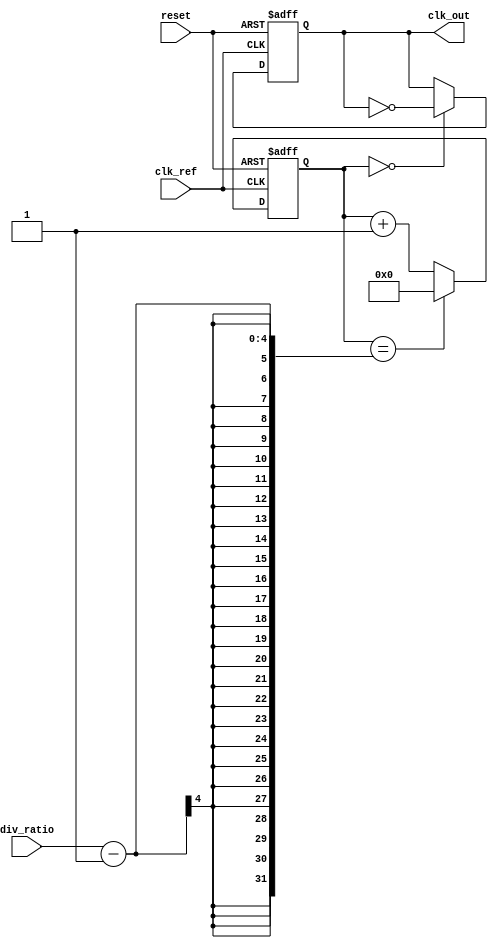
module PLL (
    input wire clk_ref,          // Reference clock input
    input wire reset,            // Reset signal
    input wire [3:0] div_ratio,  // Division ratio for feedback
    output reg clk_out           // Output clock
);

    // Parameters
    parameter VCO_MAX_FREQ = 100; // Max VCO frequency (arbitrary units)
    parameter VCO_MIN_FREQ = 10;   // Min VCO frequency (arbitrary units)
    
    // Internal signals
    reg [7:0] phase_error;         // Phase error signal from PD
    reg [7:0] control_voltage;      // Control voltage for VCO
    reg [7:0] vco_freq;             // Current frequency of VCO
    reg [7:0] feedback_freq;        // Feedback frequency from divider
    reg [7:0] lpf_output;           // Output from LPF
    reg [3:0] counter;              // Counter for clock division

    // Phase Detector (PD)
    always @(posedge clk_ref or posedge reset) begin
        if (reset) begin
            phase_error <= 0;
        end else begin
            // Simple phase error calculation (for demonstration)
            phase_error <= (feedback_freq > vco_freq) ? (feedback_freq - vco_freq) : 0;
        end
    end

    // Low Pass Filter (LPF)
    always @(posedge clk_ref or posedge reset) begin
        if (reset) begin
            lpf_output <= 0;
        end else begin
            // Simple LPF implementation (first-order)
            lpf_output <= (lpf_output + phase_error) >> 1; // Averaging
        end
    end

    // Voltage-Controlled Oscillator (VCO)
    always @(posedge clk_ref or posedge reset) begin
        if (reset) begin
            vco_freq <= VCO_MIN_FREQ;
        end else begin
            // Adjust VCO frequency based on control voltage
            vco_freq <= VCO_MIN_FREQ + lpf_output[7:0] % (VCO_MAX_FREQ - VCO_MIN_FREQ);
        end
    end

    // Frequency Divider
    always @(posedge clk_ref or posedge reset) begin
        if (reset) begin
            counter <= 0;
            feedback_freq <= 0;
        end else begin
            if (counter == div_ratio - 1) begin
                feedback_freq <= vco_freq;
                counter <= 0;
            end else begin
                counter <= counter + 1;
            end
        end
    end

    // Output Clock Generation
    always @(posedge clk_ref or posedge reset) begin
        if (reset) begin
            clk_out <= 0;
        end else begin
            // Generate output clock based on feedback frequency
            clk_out <= (counter == 0) ? ~clk_out : clk_out; // Toggle output clock
        end
    end

endmodule